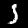
Label: 5